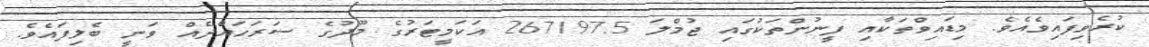
ކުރެވިފައިވެއެވެ. މިޑައިވްތަކާއި ފީނުންތަކުގައި ޖުމްލަ 267197.5 އަކަމީޓަރުގެ މޫދުގެ ސަރަހައްދެއް ވަނީ ބެލިފައެވެ.